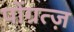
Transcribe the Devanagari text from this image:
पोंग्रत्ज़